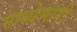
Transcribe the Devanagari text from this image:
माध्येभागी